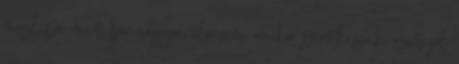
meglepő, mert bár nagyon élvezem amikor szeretkezünk, azért jól